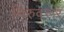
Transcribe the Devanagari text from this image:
थिरुवरूर